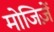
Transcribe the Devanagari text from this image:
मोजिज़ें